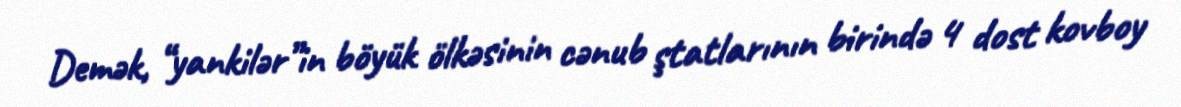
Demək, “yankilər”in böyük ölkəsinin cənub ştatlarının birində 4 dost kovboy